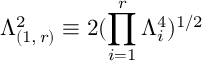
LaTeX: \Lambda _ { ( 1 , \, r ) } ^ { 2 } \equiv 2 ( \prod _ { i = 1 } ^ { r } \Lambda _ { i } ^ { 4 } ) ^ { 1 / 2 }